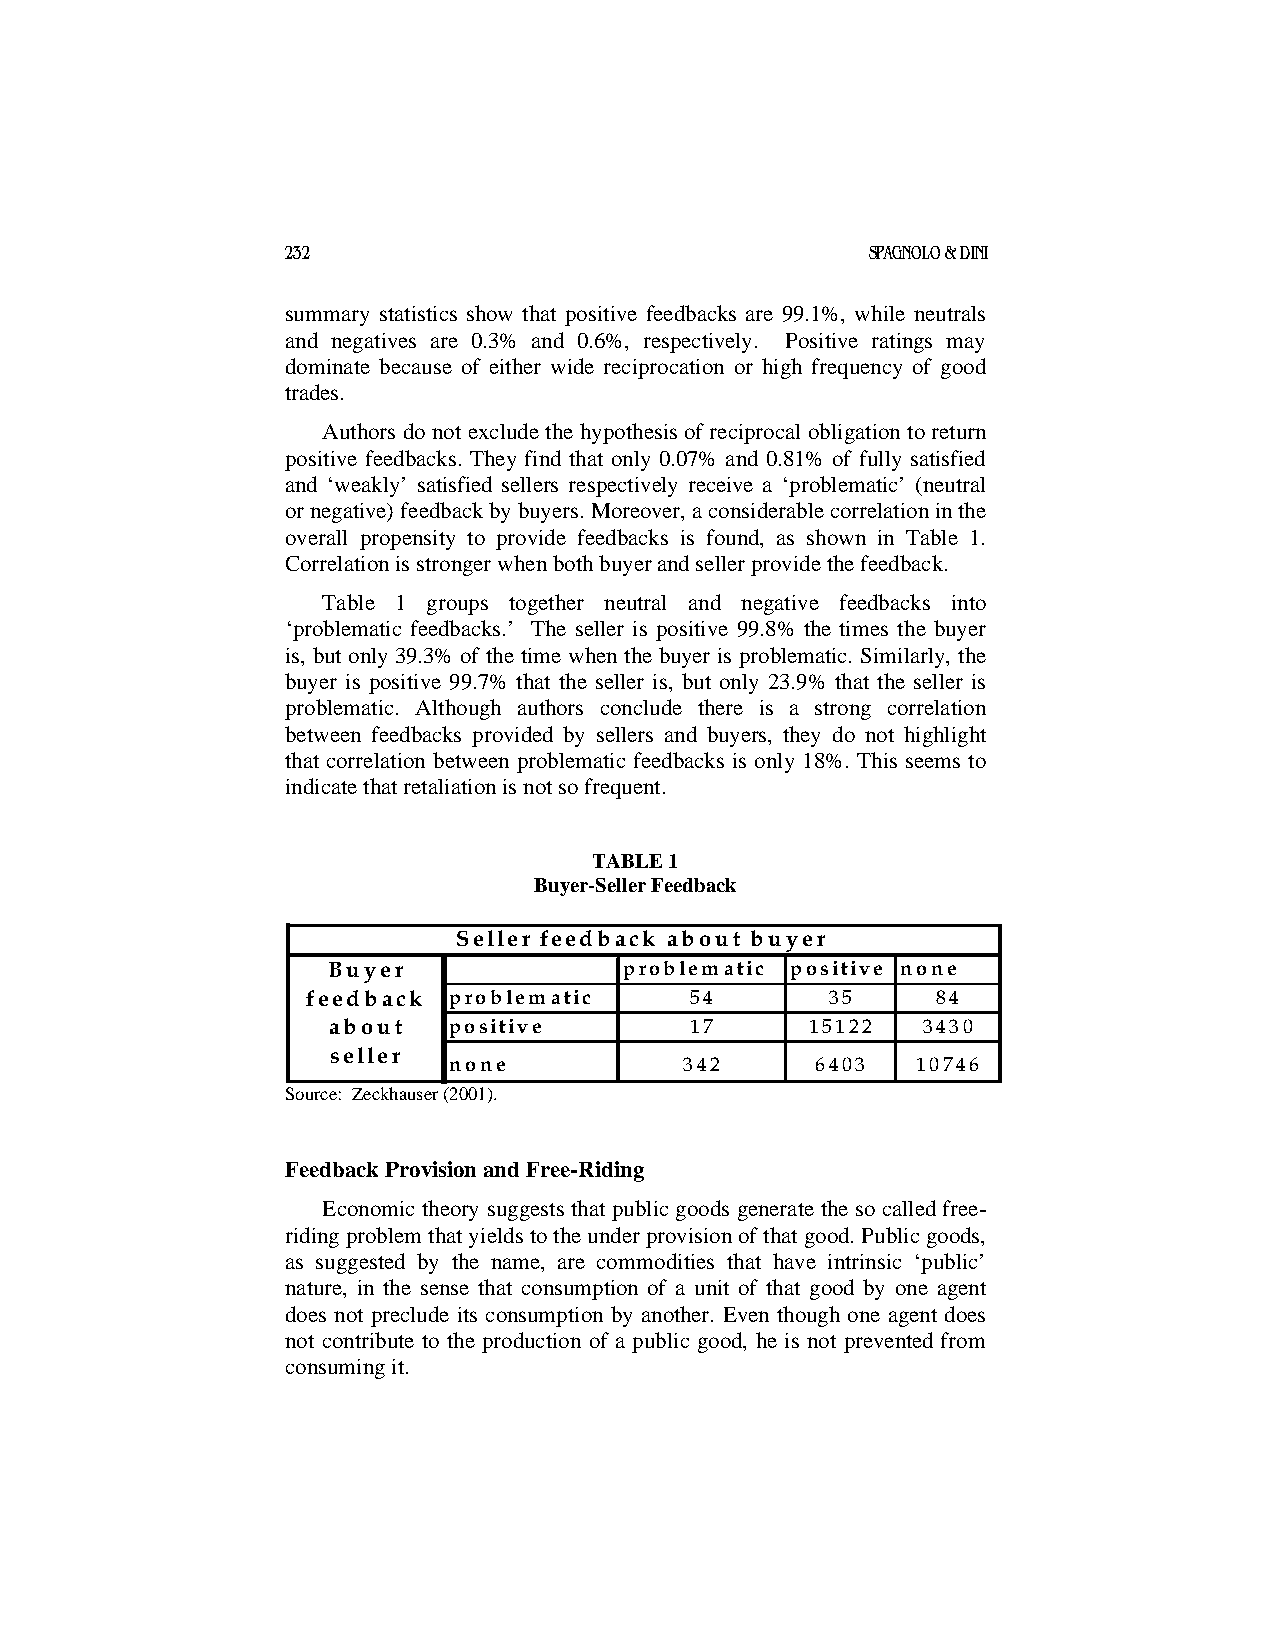
232                                    SPAGNOLO & DINI
 summary statistics show that positive feedbacks are 99.1%, while neutrals
 and negatives are 0.3% and 0.6%, respectively. Positive ratings may
 dominate because of either wide reciprocation or high frequency of good
 trades.
 Authors do not exclude the hypothesis of reciprocal obligation to return
 positive feedbacks. They find that only 0.07% and 0.81% of fully satisfied
 and ‘weakly’ satisfied sellers respectively receive a ‘problematic’ (neutral
 or negative) feedback by buyers. Moreover, a considerable correlation in the
 overall propensity to provide feedbacks is found, as shown in Table 1.
 Correlation is stronger when both buyer and seller provide the feedback.
 Table 1 groups together neutral and negative feedbacks into
 ‘problematic feedbacks.’ The seller is positive 99.8% the times the buyer
 is, but only 39.3% of the time when the buyer is problematic. Similarly, the
 buyer is positive 99.7% that the seller is, but only 23.9% that the seller is
 problematic. Although authors conclude there is a strong correlation
 between feedbacks provided by sellers and buyers, they do not highlight
 that correlation between problematic feedbacks is only 18%. This seems to
 indicate that retaliation is not so frequent.
 TABLE 1
 Buyer-Seller Feedback
 Seller feedback about buyer
 Buyer              problematic positive none
 feedback  problematic     54       35     84
 about   positive        17      15122  3430
 seller
 none           342      6403   10746
 Source: Zeckhauser (2001).
 Feedback Provision and Free-Riding
 Economic theory suggests that public goods generate the so called free-
 riding problem that yields to the under provision of that good. Public goods,
 as suggested by the name, are commodities that have intrinsic ‘public’
 nature, in the sense that consumption of a unit of that good by one agent
 does not preclude its consumption by another. Even though one agent does
 not contribute to the production of a public good, he is not prevented from
 consuming it.